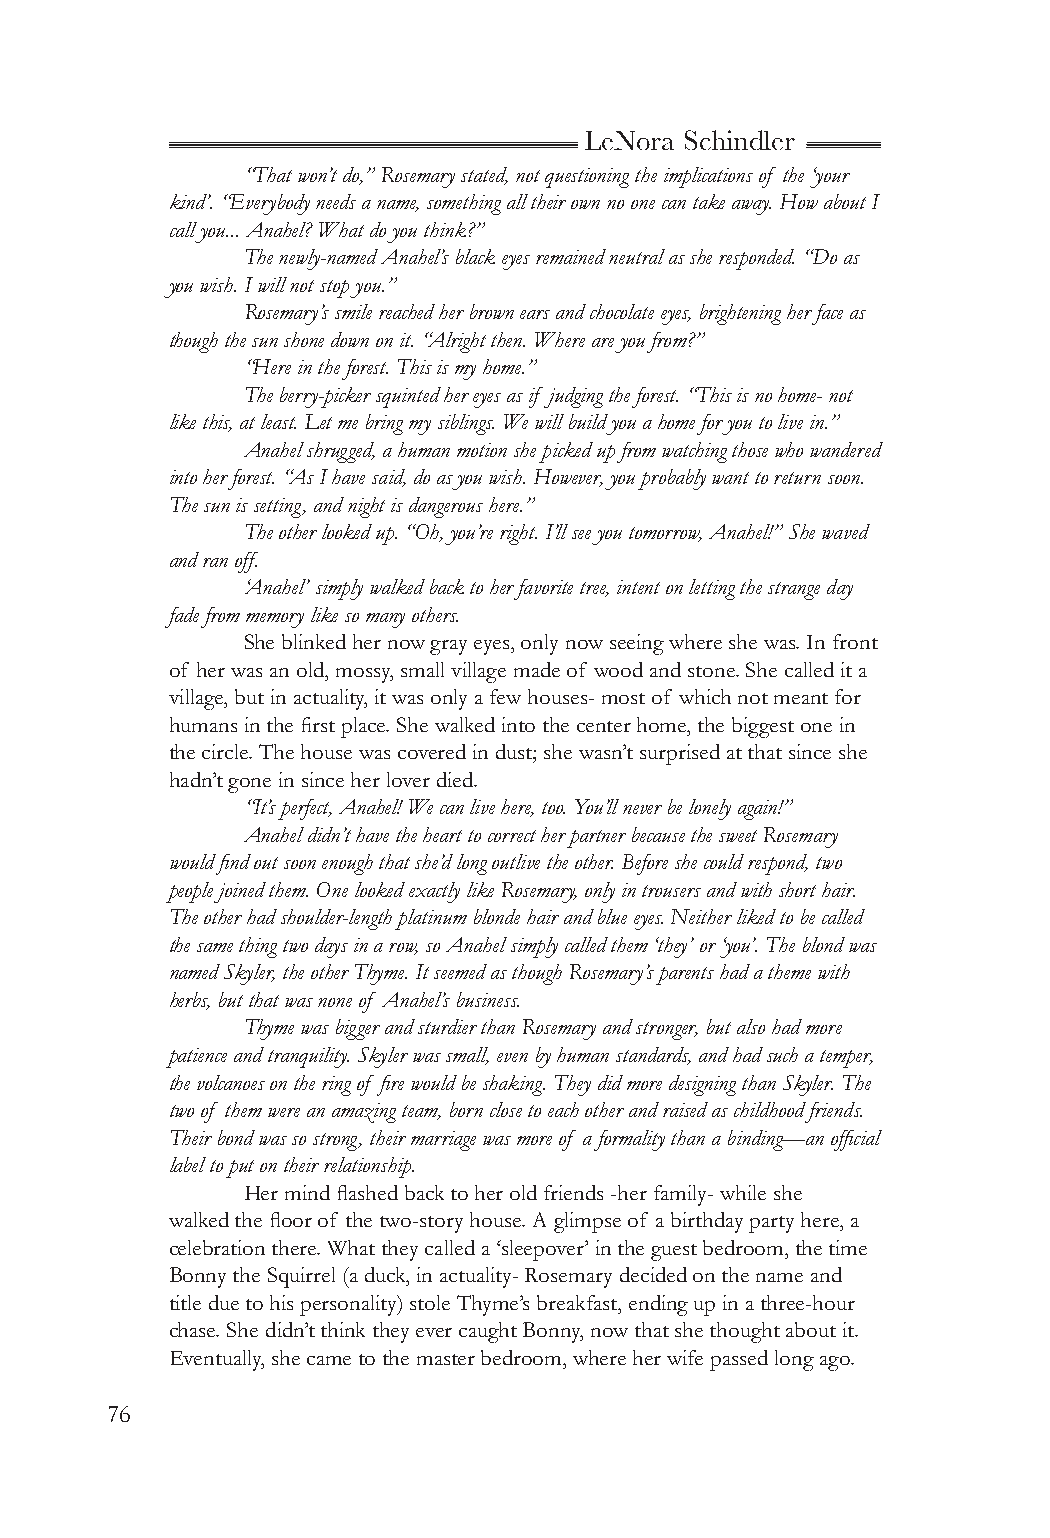
LeNora Schindler
 “That won’t do,” Rosemary stated, not questioning the implications of the ‘your
 kind’. “Everybody needs a name, something all their own no one can take away. How about I
 call you... Anahel? What do you think?”
 The newly-named Anahel’s black eyes remained neutral as she responded. “Do as
 you wish. I will not stop you.”
 Rosemary’s smile reached her brown ears and chocolate eyes, brightening her face as
 though the sun shone down on it. “Alright then. Where are you from?”
 “Here in the forest. This is my home.”
 The berry-picker squinted her eyes as if judging the forest. “This is no home- not
 like this, at least. Let me bring my siblings. We will build you a home for you to live in.”
 Anahel shrugged, a human motion she picked up from watching those who wandered
 into her forest. “As I have said, do as you wish. However, you probably want to return soon.
 The sun is setting, and night is dangerous here.”
 The other looked up. “Oh, you’re right. I’ll see you tomorrow, Anahel!” She waved
 and ran off.
 ‘Anahel’ simply walked back to her favorite tree, intent on letting the strange day
 fade from memory like so many others.
 She blinked her now gray eyes, only now seeing where she was. In front
 of her was an old, mossy, small village made of wood and stone. She called it a
 village, but in actuality, it was only a few houses- most of which not meant for
 humans in the first place. She walked into the center home, the biggest one in
 the circle. The house was covered in dust; she wasn’t surprised at that since she
 hadn’t gone in since her lover died.
 “It’s perfect, Anahel! We can live here, too. You’ll never be lonely again!”
 Anahel didn’t have the heart to correct her partner because the sweet Rosemary
 would find out soon enough that she’d long outlive the other. Before she could respond, two
 people joined them. One looked exactly like Rosemary, only in trousers and with short hair.
 The other had shoulder-length platinum blonde hair and blue eyes. Neither liked to be called
 the same thing two days in a row, so Anahel simply called them ‘they’ or ‘you’. The blond was
 named Skyler, the other Thyme. It seemed as though Rosemary’s parents had a theme with
 herbs, but that was none of Anahel’s business.
 Thyme was bigger and sturdier than Rosemary and stronger, but also had more
 patience and tranquility. Skyler was small, even by human standards, and had such a temper,
 the volcanoes on the ring of fire would be shaking. They did more designing than Skyler. The
 two of them were an amazing team, born close to each other and raised as childhood friends.
 Their bond was so strong, their marriage was more of a formality than a binding—an official
 label to put on their relationship.
 Her mind flashed back to her old friends -her family- while she
 walked the floor of the two-story house. A glimpse of a birthday party here, a
 celebration there. What they called a ‘sleepover’ in the guest bedroom, the time
 Bonny the Squirrel (a duck, in actuality- Rosemary decided on the name and
 title due to his personality) stole Thyme’s breakfast, ending up in a three-hour
 chase. She didn’t think they ever caught Bonny, now that she thought about it.
 Eventually, she came to the master bedroom, where her wife passed long ago.
 76